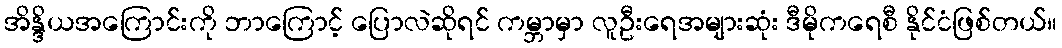
အိန္ဒိယအကြောင်းကို ဘာကြောင့် ပြောလဲဆိုရင် ကမ္ဘာမှာ လူဦးရေအများဆုံး ဒီမိုကရေစီ နိုင်ငံဖြစ်တယ်။